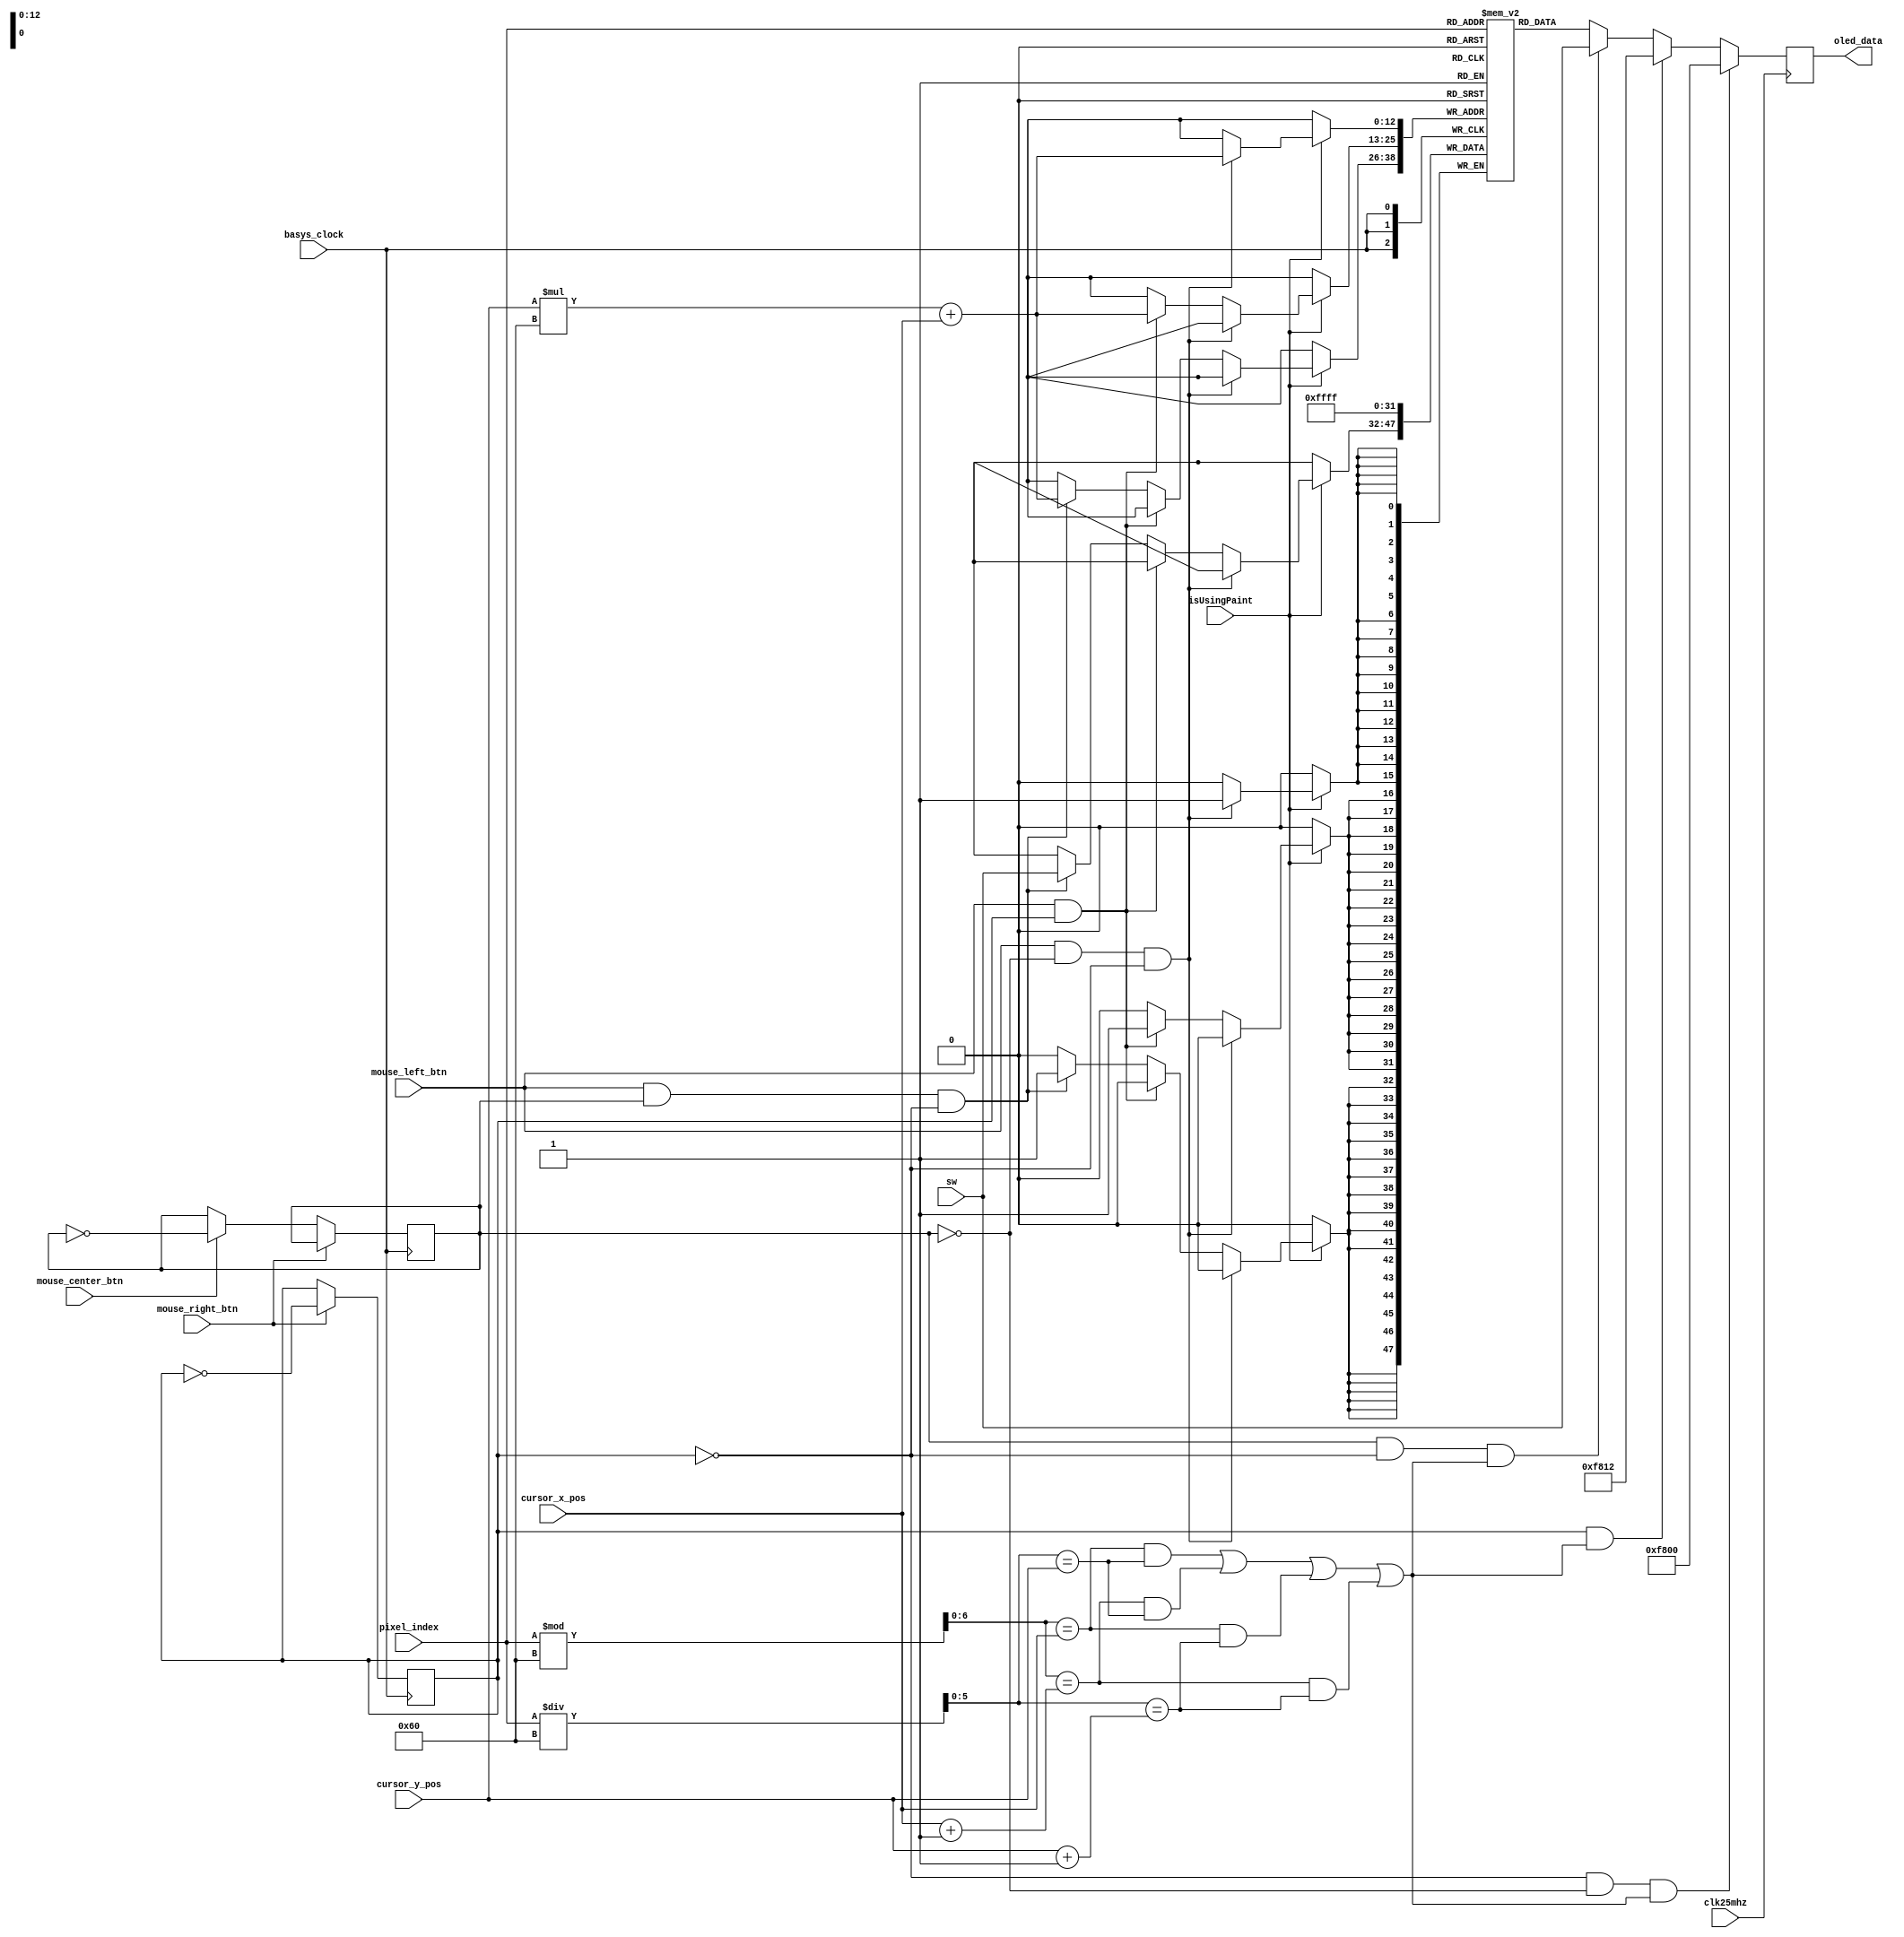
`timescale 1ns / 1ps
//////////////////////////////////////////////////////////////////////////////////
// Company: 
// Engineer: 
// 
// Design Name: 
// Module Name: Paint
// Project Name: 
// Target Devices: 
// Tool Versions: 
// Description: 
// 
// Dependencies: 
// 
// Revision:
// Revision 0.01 - File Created
// Additional Comments:
// 
//////////////////////////////////////////////////////////////////////////////////


module Paint(
    input basys_clock,
    input [15:0] sw,
    input clk25mhz,
    input [12:0] pixel_index,
    input [6:0] cursor_x_pos,
    input [5:0] cursor_y_pos,
    input mouse_left_btn,
    input mouse_right_btn,
    input mouse_center_btn,
    input isUsingPaint,
    output reg [15:0] oled_data
);
   
    parameter WHITE = 16'hFFFF;
    parameter RED = 16'hF800;
    parameter PINK = 16'b1111100000010010;
    
    // Declare the BRAM
    (* ram_style = "block" *)
    reg [15:0] rom [6143:0];

    wire [6:0] x;
    wire [5:0] y;
           
    assign x = (pixel_index % 96); // from 0 to 95
    assign y = (pixel_index / 96); // from 0 to 63
    
    wire [12:0] pixel_index_mouse;
        
    assign pixel_index_mouse = (cursor_y_pos * 96) + (cursor_x_pos);
    
    reg erase = 0;
    reg colour = 0;
    
    always @ (posedge basys_clock) begin
        if (mouse_right_btn) begin
            erase <= ~erase;
        end
        else if (mouse_center_btn) begin
            colour <= ~colour;
        end
    end
        
    always @ (posedge clk25mhz) begin
        if (!erase && !colour &&
           (((x == cursor_x_pos && y == cursor_y_pos) || 
           (x == cursor_x_pos + 1 && y == cursor_y_pos)||
           (x == cursor_x_pos && y == cursor_y_pos + 1) ||
           (x == cursor_x_pos + 1 && y == cursor_y_pos + 1)))) begin
           oled_data <= RED;
        end
        else if (erase &&
                (((x == cursor_x_pos && y == cursor_y_pos) || 
                (x == cursor_x_pos + 1 && y == cursor_y_pos)||
                (x == cursor_x_pos && y == cursor_y_pos + 1) ||
                (x == cursor_x_pos + 1 && y == cursor_y_pos + 1)))) begin
           oled_data <= PINK;
        end
        else if (colour && !erase &&
                (((x == cursor_x_pos && y == cursor_y_pos) || 
                (x == cursor_x_pos + 1 && y == cursor_y_pos)||
                (x == cursor_x_pos && y == cursor_y_pos + 1) ||
                (x == cursor_x_pos + 1 && y == cursor_y_pos + 1)))) begin
            oled_data <= sw;
        end
        else begin
            oled_data <= rom[pixel_index];
        end 
    end
    
    // Update the rom
    always @ (posedge basys_clock) begin
        if (isUsingPaint) begin
        if (mouse_left_btn && !colour && !erase) begin
            // save data into BRAM
            rom[pixel_index_mouse] <= WHITE;
        end
        else if (mouse_left_btn && erase) begin
            rom[pixel_index_mouse] <= 0;
        end
        else if (mouse_left_btn && colour && !erase) begin
            rom[pixel_index_mouse] <= sw;
        end
        end
    end
    
endmodule